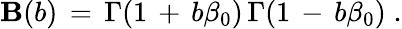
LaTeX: \mathbf{B}(b)\, =\, \Gamma(1\, +\, b\beta_{0})\, \Gamma(1\, -\, b\beta_{0})\; .